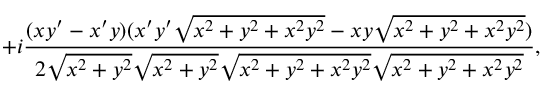
+ i { \frac { ( x y ^ { \prime } - x ^ { \prime } y ) ( x ^ { \prime } y ^ { \prime } { \sqrt { x ^ { 2 } + y ^ { 2 } + x ^ { 2 } y ^ { 2 } } } - x y { \sqrt { x ^ { 2 } + y ^ { 2 } + x ^ { 2 } y ^ { 2 } } } ) } { 2 { \sqrt { x ^ { 2 } + y ^ { 2 } } } { \sqrt { x ^ { 2 } + y ^ { 2 } } } { \sqrt { x ^ { 2 } + y ^ { 2 } + x ^ { 2 } y ^ { 2 } } } { \sqrt { x ^ { 2 } + y ^ { 2 } + x ^ { 2 } y ^ { 2 } } } } } ,